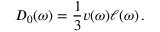
D _ { 0 } ( \omega ) = \frac { 1 } { 3 } v ( \omega ) \ell ( \omega ) \, .